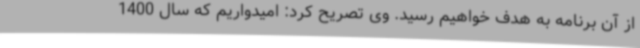
از آن برنامه به هدف خواهیم رسید. وی تصریح کرد: امیدواریم که سال 1400